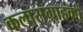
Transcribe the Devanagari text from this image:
कलासंग्राहकों